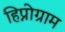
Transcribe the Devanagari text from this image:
हिप्नोग्राम